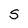
Character: S